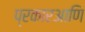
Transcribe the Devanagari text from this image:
प्रकारआणि